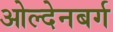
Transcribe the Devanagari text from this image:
ओल्देनबर्ग